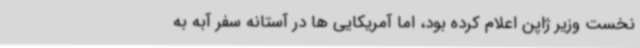
نخست وزیر ژاپن اعلام کرده بود، اما آمریکایی ها در آستانه سفر آبه به